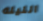
الليله